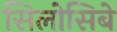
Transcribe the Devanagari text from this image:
सिलोसिबे